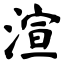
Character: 渲